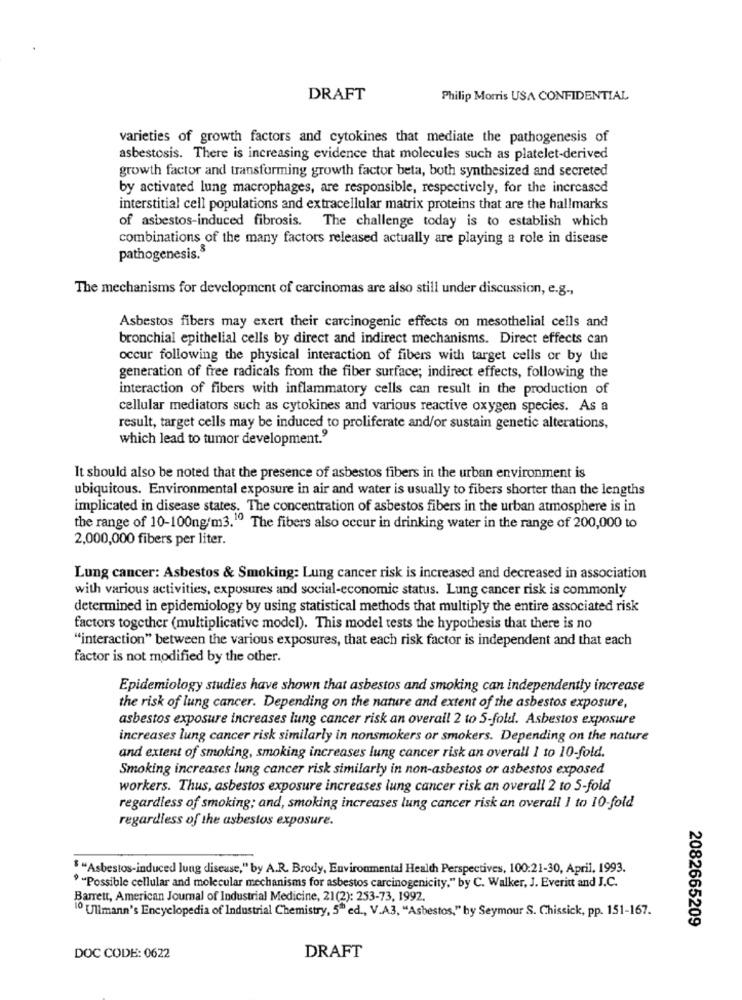
DRAFT
Philip Morris USA CONFIDENTIAL
varieties of growth factors and cytokines that mediate the pathogenesis of
asbestosis. There is increasing evidence that molecules such as platelet-derived
growth factor and transforming growth factor beta, both synthesized and secreted
by activated lung macrophages, are responsible, respectively, for the increased
interstitial cell populations and extracellular matrix proteins that are the hallmarks
of asbestos-induced fibrosis. The challenge today is to establish which
combinations of the many factors released actually are playing a role in disease
pathogenesis.8
The mechanisms for development of carcinomas are also still under discussion, e.g .,
Asbestos fibers may exert their carcinogenic effects on mesothelial cells and
bronchial epithelial cells by direct and indirect mechanisms. Direct effects can
occur following the physical interaction of fibers with target cells or by the
generation of free radicals from the fiber surface; indirect effects, following the
interaction of fibers with inflammatory cells can result in the production of
cellular mediators such as cytokines and various reactive oxygen species. As a
result, target cells may be induced to proliferate and/or sustain genetic alterations,
which lead to tumor development."
It should also be noted that the presence of asbestos fibers in the urban environment is
ubiquitous. Environmental exposure in air and water is usually to fibers shorter than the lengths
implicated in disease states. The concentration of asbestos fibers in the urban atmosphere is in
the range of 10-100ng'm3." The fibers also occur in drinking water in the range of 200,000 to
2,000,000 fibers per liter.
Lung cancer: Asbestos & Smoking: Lung cancer risk is increased and decreased in association
with various activities, exposures and social-economic status. Lung cancer risk is commonly
determined in epidemiology by using statistical methods that multiply the entire associated risk
factors together (multiplicative model). This model tests the hypothesis that there is no
"interaction" between the various exposures, that each risk factor is independent and that each
factor is not modified by the other.
Epidemiology studies have shown that asbestos and smoking can independently increase
the risk of lung cancer. Depending on the nature and extent of the asbestos exposure,
asbestos exposure increases lung cancer risk an overall 2 to 5-fold. Asbestos exposure
increases lung cancer risk similarly in nonsmokers or smokers. Depending on the nature
and extent of smoking, smoking increases lung cancer risk an overall 1 to 10-fold.
Smoking increases lung cancer risk similarly in non-asbestos or asbestos exposed
workers. Thus, asbestos exposure increases lung cancer risk an overall 2 to 5-fold
regardless of smoking; and, smoking increases lung cancer risk an overall I to 10-fold
regardless of the asbestos exposure.
""Asbestos-induced lung disease," by A.R. Brody, Environmental Health Perspectives, 100:21-30, April, 1993.
" "Possible cellular and molecular mechanisms for asbestos carcinogenicity." by C. Walker, J. Everitt and J.C.
Barrett, American Journal of Industrial Medicine, 21(2): 253-73, 1992
1º Ullmann's Encyclopedia of Industrial Chemistry, 5" ed ., V.A3, "Asbestos," by Seymour S. Chissick, pp. 151-167.
2082665209
DOC CODE: 0622
DRAFT